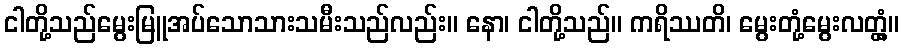
ငါတို့သည်မွေးမြူအပ်သောသားသမီးသည်လည်း။ နော၊ ငါတို့သည်။ ကရိဿတိ၊ မွေးတုံ့မွေးလတ္တံ့။